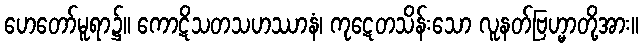
ဟေတော်မူရာ၌။ ကောဋိသတသဟဿာနံ၊ ကုဋေတသိန်းသော လူနတ်ဗြဟ္မာတို့အား။